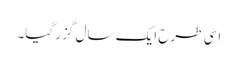
اسی طرح ایک سال گزر گیا۔